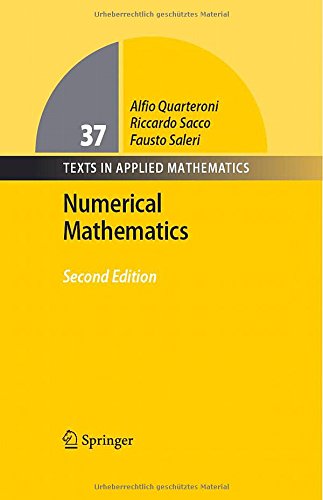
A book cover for Numerical Mathematics (Texts in Applied Mathematics); Alfio Quarteroni; Science & Math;